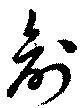
兪